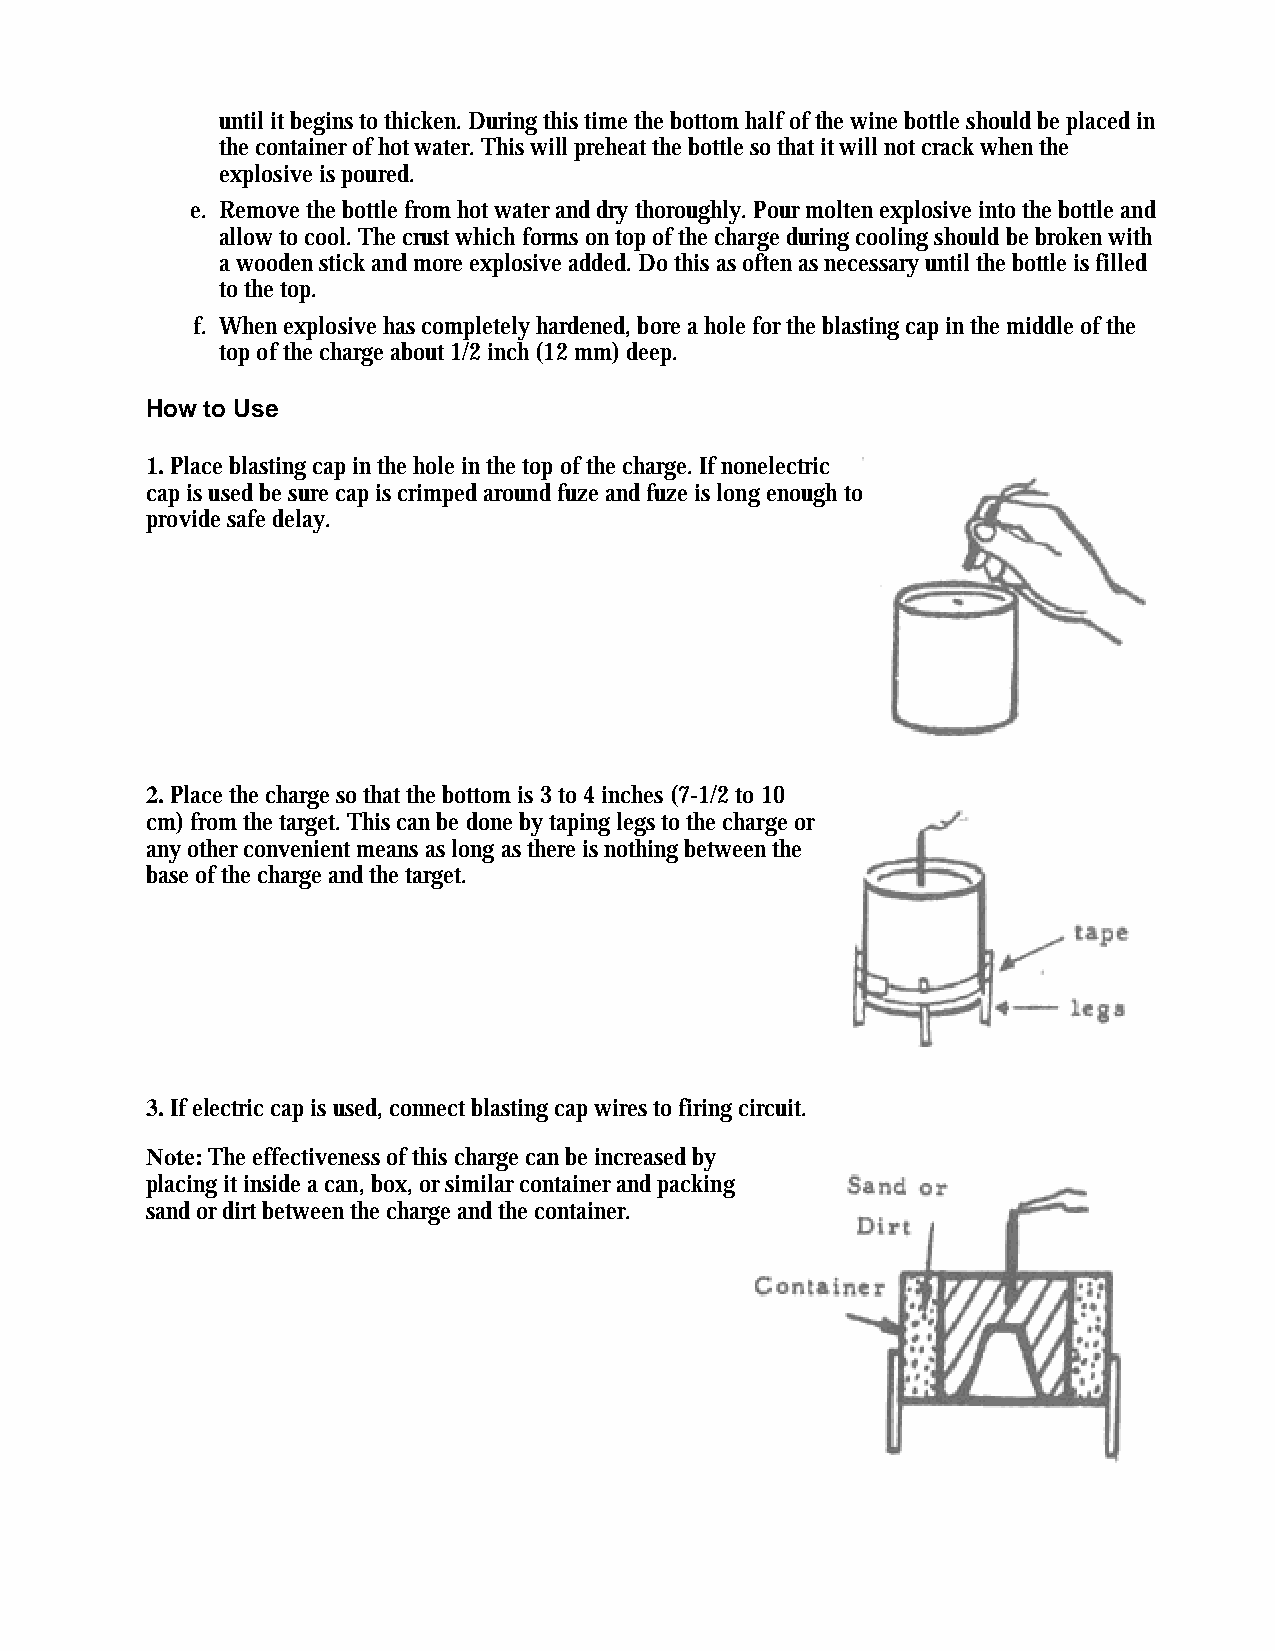
until it begins to thicken. During this time the bottom half of the wine bottle should be placed in
 the container of hot water. This will preheat the bottle so that it will not crack when the
 explosive is poured.
 e. Remove the bottle from hot water and dry thoroughly. Pour molten explosive into the bottle and
 allow to cool. The crust which forms on top of the charge during cooling should be broken with
 a wooden stick and more explosive added. Do this as often as necessary until the bottle is filled
 to the top.
 f. When explosive has completely hardened, bore a hole for the blasting cap in the middle of the
 top of the charge about 1/2 inch (12 mm) deep.
 How to Use
 1. Place blasting cap in the hole in the top of the charge. If nonelectric
 cap is used be sure cap is crimped around fuze and fuze is long enough to
 provide safe delay.
 2. Place the charge so that the bottom is 3 to 4 inches (7-1/2 to 10
 cm) from the target. This can be done by taping legs to the charge or
 any other convenient means as long as there is nothing between the
 base of the charge and the target.
 3. If electric cap is used, connect blasting cap wires to firing circuit.
 Note: The effectiveness of this charge can be increased by
 placing it inside a can, box, or similar container and packing
 sand or dirt between the charge and the container.